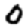
Digit: 0